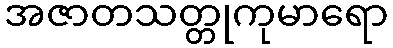
အဇာတသတ္တုကုမာရော